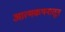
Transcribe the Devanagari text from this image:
आत्मकथनातून